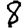
Digit: 8